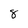
Character: 8